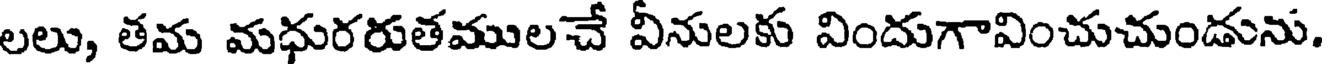
లలు, తమ మధురరుతములచే వీనులకు విందుగావించుచుండును.